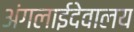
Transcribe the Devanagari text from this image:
अंगलाईदेवालय